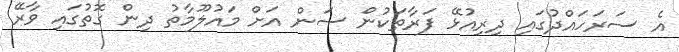
އެ ސަރަހައްދުގައި ދިރިއުޅޭ ފަރާތަކުން ސަން އަށް މައުލޫމާތު ދިން ގޮތުގައި ވާރޭ